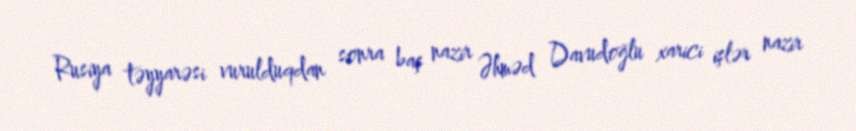
Rusiya təyyarəsi vurulduqdan sonra baş nazir Əhməd Davudoğlu xarici işlər nazir